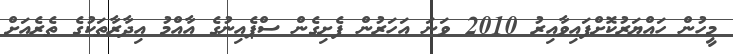
މީހުން ހައްޔަރުކޮށްފައިވާއިރު 2010 ވަނަ އަހަރުން ފެށިގެން ސްޕެއިނުގެ އާއްމު އިދާރާތަކުގެ ތެރެއަށް